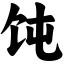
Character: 饨